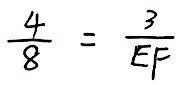
\frac { 4 } { 8 } = \frac { 3 } { E F }